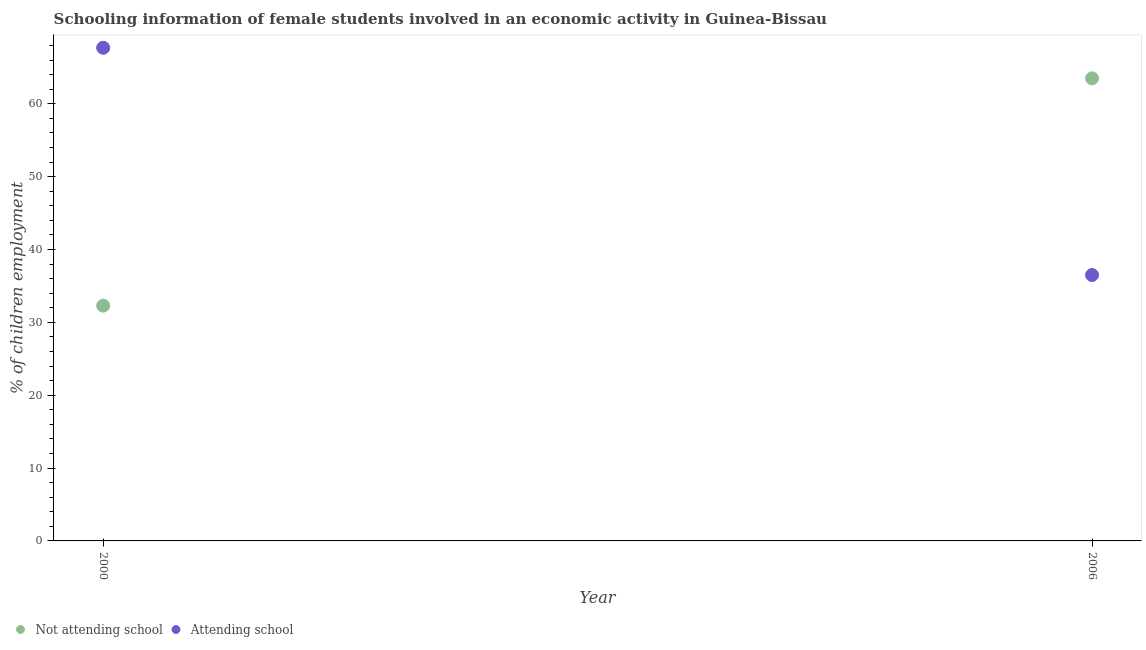
| Year | Not attending school | Attending school |
 | --- | --- | --- |
 | 2000 | 32.3 | 67.7 |
 | 2006 | 63.5 | 36.5 |